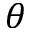
\theta